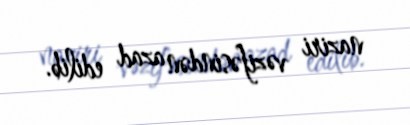
naziri vəzifəsindən azad edilib.